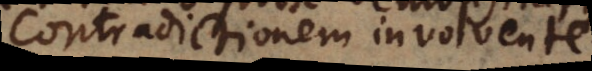
contradictionem involvente